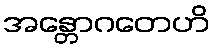
အန္တောဂတေဟိ